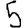
Digit: 5